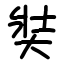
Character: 奘